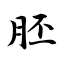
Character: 胚